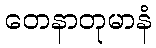
တေနာတုမာနံ